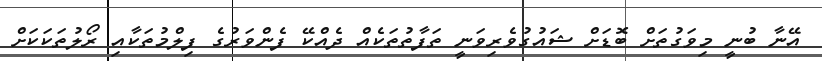
އޭނާ ބުނީ މިވަގުތަށް ބޮޑަށް ޝައުގުވެރިވަނީ ތަފާތުތަކެއް ދެއްކޭ ފެންވަރުގެ ފިލްމުތަކާއި ރޯލުތަކަކަށް